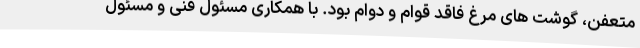
متعفن، گوشت های مرغ فاقد قوام و دوام بود. با همکاری مسئول فنی و مسئول